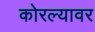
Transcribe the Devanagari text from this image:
कोरल्यावर